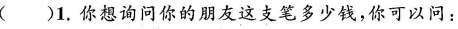
( )1.你想询问你的朋友这支笔多少钱,你可以问: